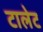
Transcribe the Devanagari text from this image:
टालेट